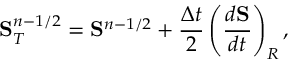
\mathbf { S } _ { T } ^ { n - 1 / 2 } = \mathbf { S } ^ { n - 1 / 2 } + \frac { \Delta t } { 2 } \left( \frac { d \mathbf { S } } { d t } \right) _ { R } ,